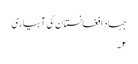
جہاد افغانستان کی آبیاری
۲۔